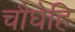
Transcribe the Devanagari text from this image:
चौघेहि